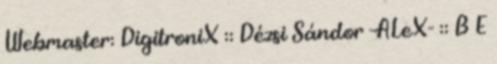
Webmaster: DigitroniX :: Dézsi Sándor -ALeX- :: B E